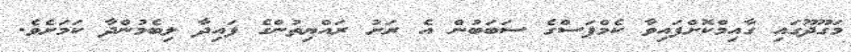
މަގޫދޫގައި ގާއިމްކޮށްފައިވާ ކެމްޕަސްގެ ސަބަބުން އެ ރަށު ރައްޔިތުންގެ ފައިދާ ލިބެމުންދާ ކަމަށެވެ.